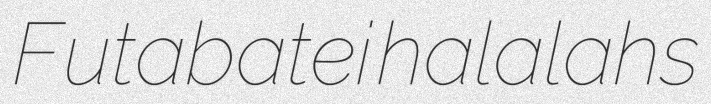
Futabatei halalahs